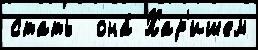
стать  она́ Хар'ишем